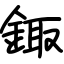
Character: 鋷